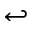
\hookleftarrow